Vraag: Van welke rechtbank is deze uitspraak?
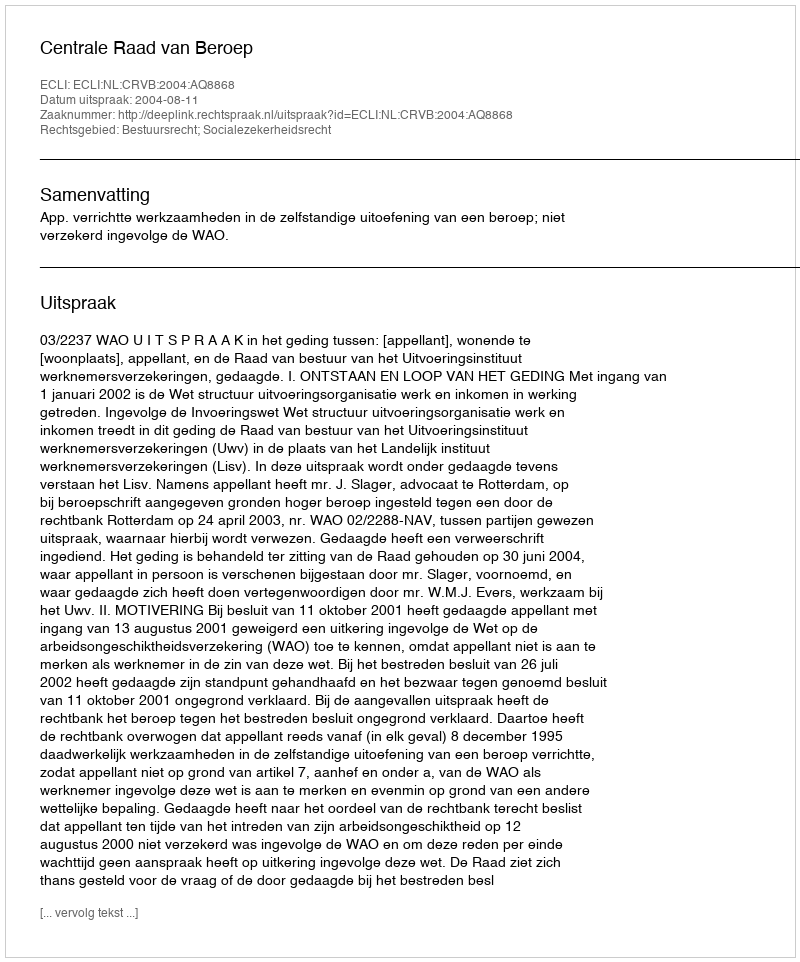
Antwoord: Centrale Raad van Beroep